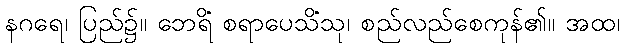
နဂရေ၊ ပြည်၌။ ဘေရိံ စရာပေသိံသု၊ စည်လည်စေကုန်၏။ အထ၊